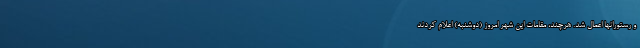
و رستورانها اعمال شد. هرچند، مقامات این شهر امروز (دوشنبه) اعلام کردند